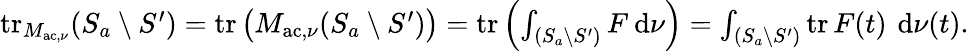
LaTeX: \begin{array}{r}{\operatorname{tr}_{M_{\mathrm{ac},\nu}}(S_{a}\setminus S^{\prime})=\operatorname{tr}\big(M_{\mathrm{ac},\nu}(S_{a}\setminus S^{\prime})\big)=\operatorname{tr}\left(\int_{(S_{a}\setminus S^{\prime})}F{\: \mathrm{d}}\nu\right)=\int_{(S_{a}\setminus S^{\prime})}\operatorname{tr}F(t)\, {\: \mathrm{d}}\nu(t).}\end{array}